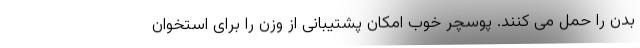
بدن را حمل می کنند. پوسچر خوب امکان پشتیبانی از وزن را برای استخوان